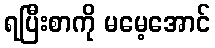
ရပြီးစာကို မမေ့အောင်